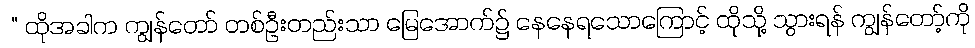
 “ ထိုအခါက ကျွန်တော် တစ်ဦးတည်းသာ မြေအောက်၌ နေနေရသောကြောင့် ထိုသို့ သွားရန် ကျွန်တော့်ကို